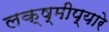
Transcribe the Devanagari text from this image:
लक्ष्मीप्यारे